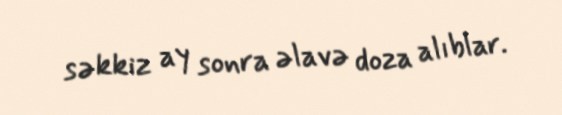
səkkiz ay sonra əlavə doza alıblar.